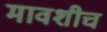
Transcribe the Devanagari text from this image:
मावशीच